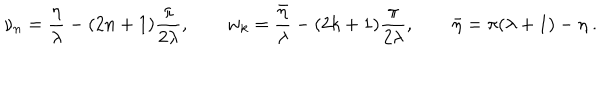
LaTeX: \nu _ { n } = \frac { \eta } { \lambda } - ( 2 n + 1 ) \frac { \pi } { 2 \lambda } , \qquad w _ { k } = \frac { \bar { \eta } } { \lambda } - ( 2 k + 1 ) \frac { \pi } { 2 \lambda } , \qquad \bar { \eta } = \pi ( \lambda + 1 ) - \eta \ .